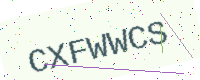
Text: CXFWWCS